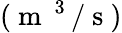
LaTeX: (\mathrm{~m~}^{\mathrm{~3~}}/\mathrm{~s~})